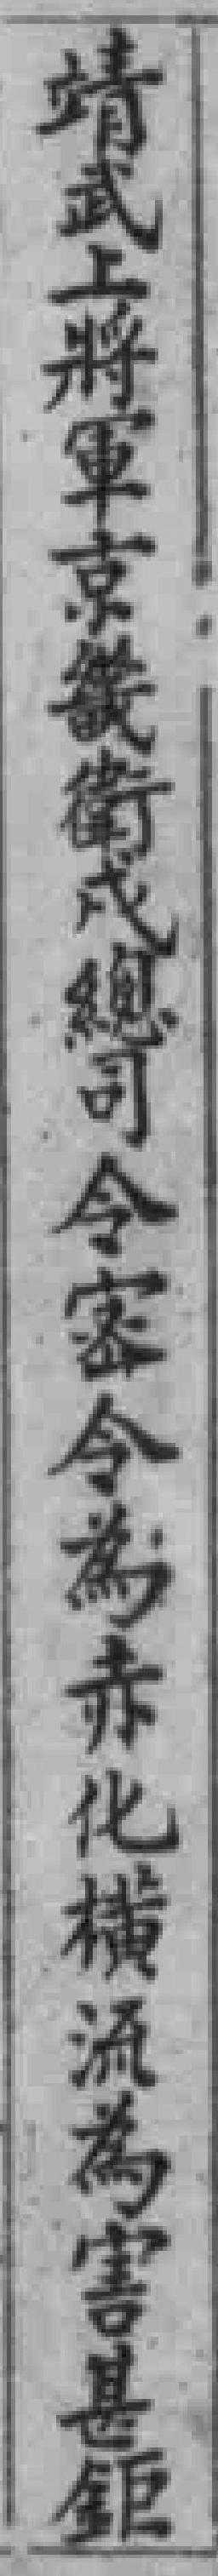
靖武上將軍京畿衛成總司令家令為赤化横流為害甚鉅